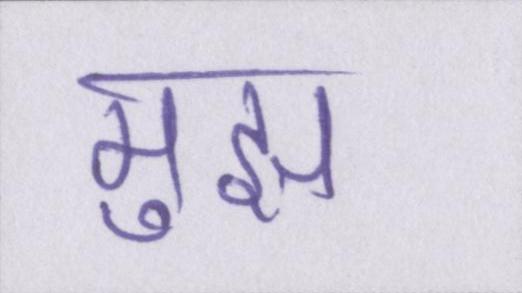
मुझ